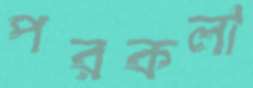
পরকলা